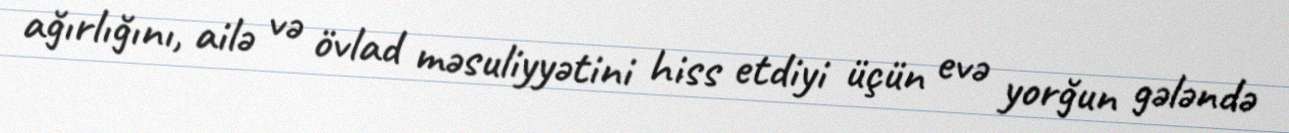
ağırlığını, ailə və övlad məsuliyyətini hiss etdiyi üçün evə yorğun gələndə